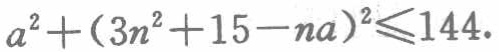
\(a^{2}+(3n^{2}+15 - na)^{2}\leqslant144\)